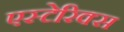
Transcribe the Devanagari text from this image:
एस्टेरिक्स